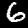
Label: 6